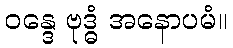
ဝန္ဒေ ဗုဒ္ဓံ အနောပမံ။